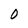
Character: 0